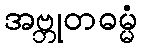
အဗ္ဘုတဓမ္မံ